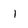
Character: i